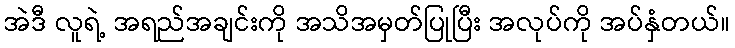
အဲဒီ လူရဲ့ အရည်အချင်းကို အသိအမှတ်ပြုပြီး အလုပ်ကို အပ်နှံတယ်။